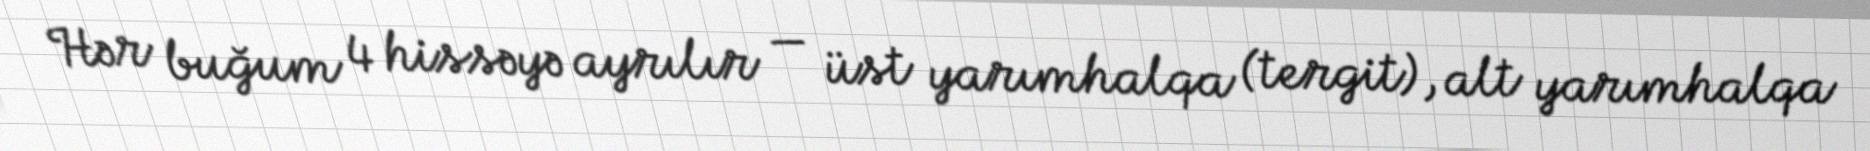
Hər buğum 4 hissəyə ayrılır — üst yarımhalqa (tergit), alt yarımhalqa